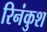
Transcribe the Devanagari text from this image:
रिनंकुश